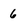
Character: 6